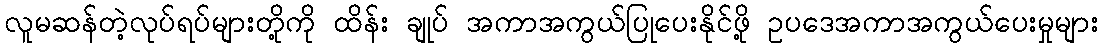
လူမဆန်တဲ့လုပ်ရပ်များတို့ကို ထိန်း ချုပ် အကာအကွယ်ပြုပေးနိုင်ဖို့ ဥပဒေအကာအကွယ်ပေးမှုများ